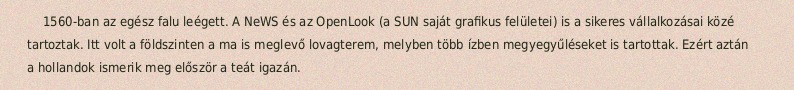
1560-ban az egész falu leégett. A NeWS és az OpenLook (a SUN saját grafikus felületei) is a sikeres vállalkozásai közé tartoztak. Itt volt a földszinten a ma is meglevő lovagterem, melyben több ízben megyegyűléseket is tartottak. Ezért aztán a hollandok ismerik meg először a teát igazán.